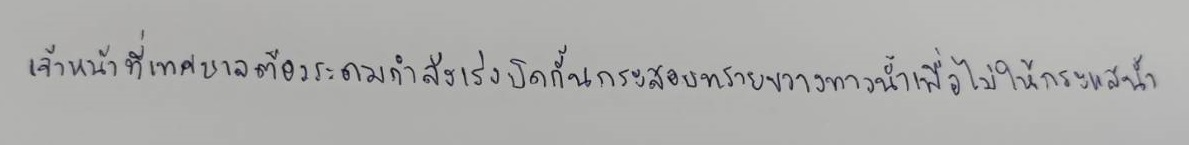
เจ้าหน้าที่เทศบาลต้องระดมกำลังเร่งปิดกั้นกระสอบทรายขวางทางน้ำเพื่อไม่ให้กระแสน้ำ